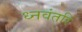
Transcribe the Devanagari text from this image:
ध्नवंतरि